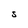
Character: S